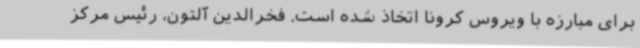
برای مبارزه با ویروس کرونا اتخاذ شده است. فخرالدین آلتون، رئیس مرکز